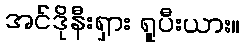
အင်ဒိုနီးရှား ရူပီးယား။